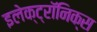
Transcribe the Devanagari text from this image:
इलेक्ट्रॉनिक्‍स